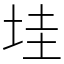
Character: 𡋣